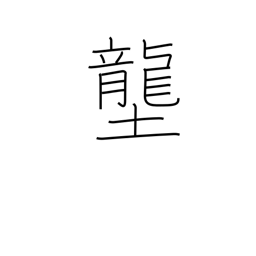
Meaning: rice field dike